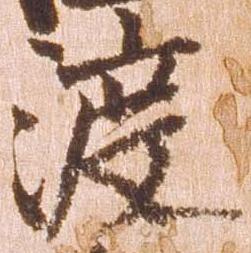
渡